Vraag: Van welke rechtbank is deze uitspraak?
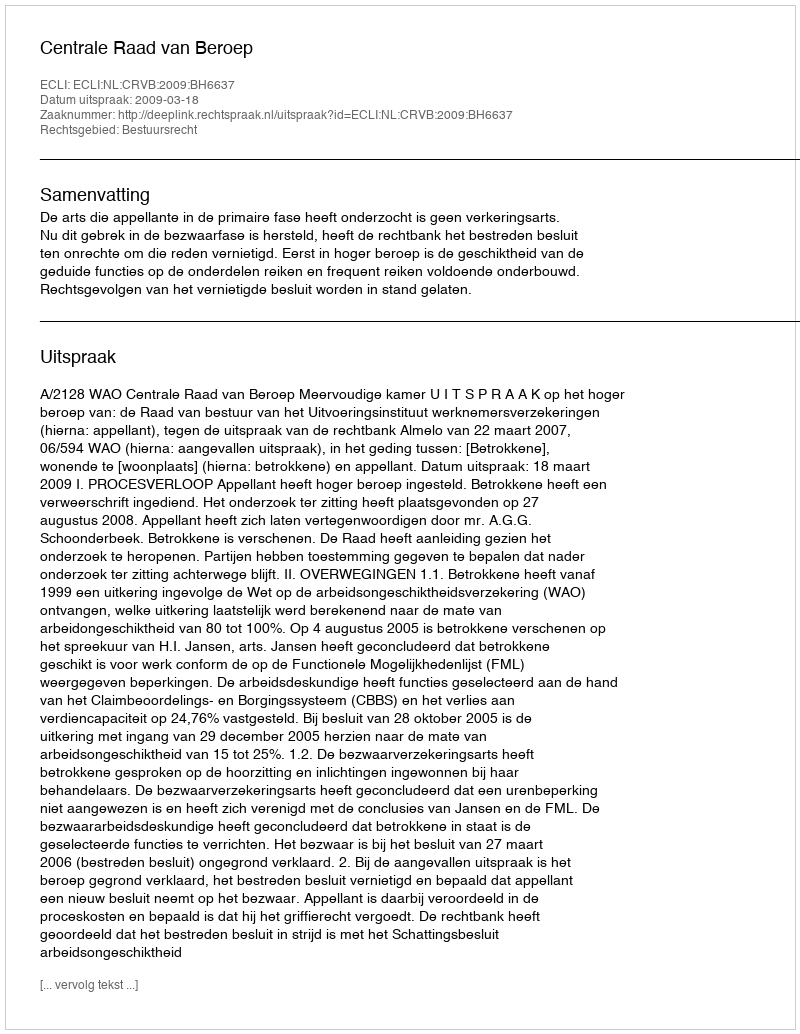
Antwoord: Centrale Raad van Beroep